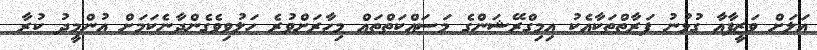
އަލަށް ވަޒީފާއާ ގުޅުނު ފަރާތްތަކާއެކު އިމިގްރޭޝަންގެ މަސައްކަތްތައް މިހާރަށްވުރެ ހަލުވިވެގެންދާނެކަމަށް އުންމީދު ކުރާ